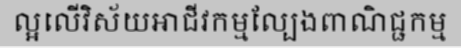
ល្អលើវិស័យអាជីវកម្មល្បែងពាណិជ្ជកម្ម